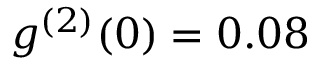
g ^ { ( 2 ) } ( 0 ) = 0 . 0 8